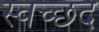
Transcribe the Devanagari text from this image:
स्वच्छद